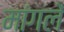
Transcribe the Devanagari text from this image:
मांगलें